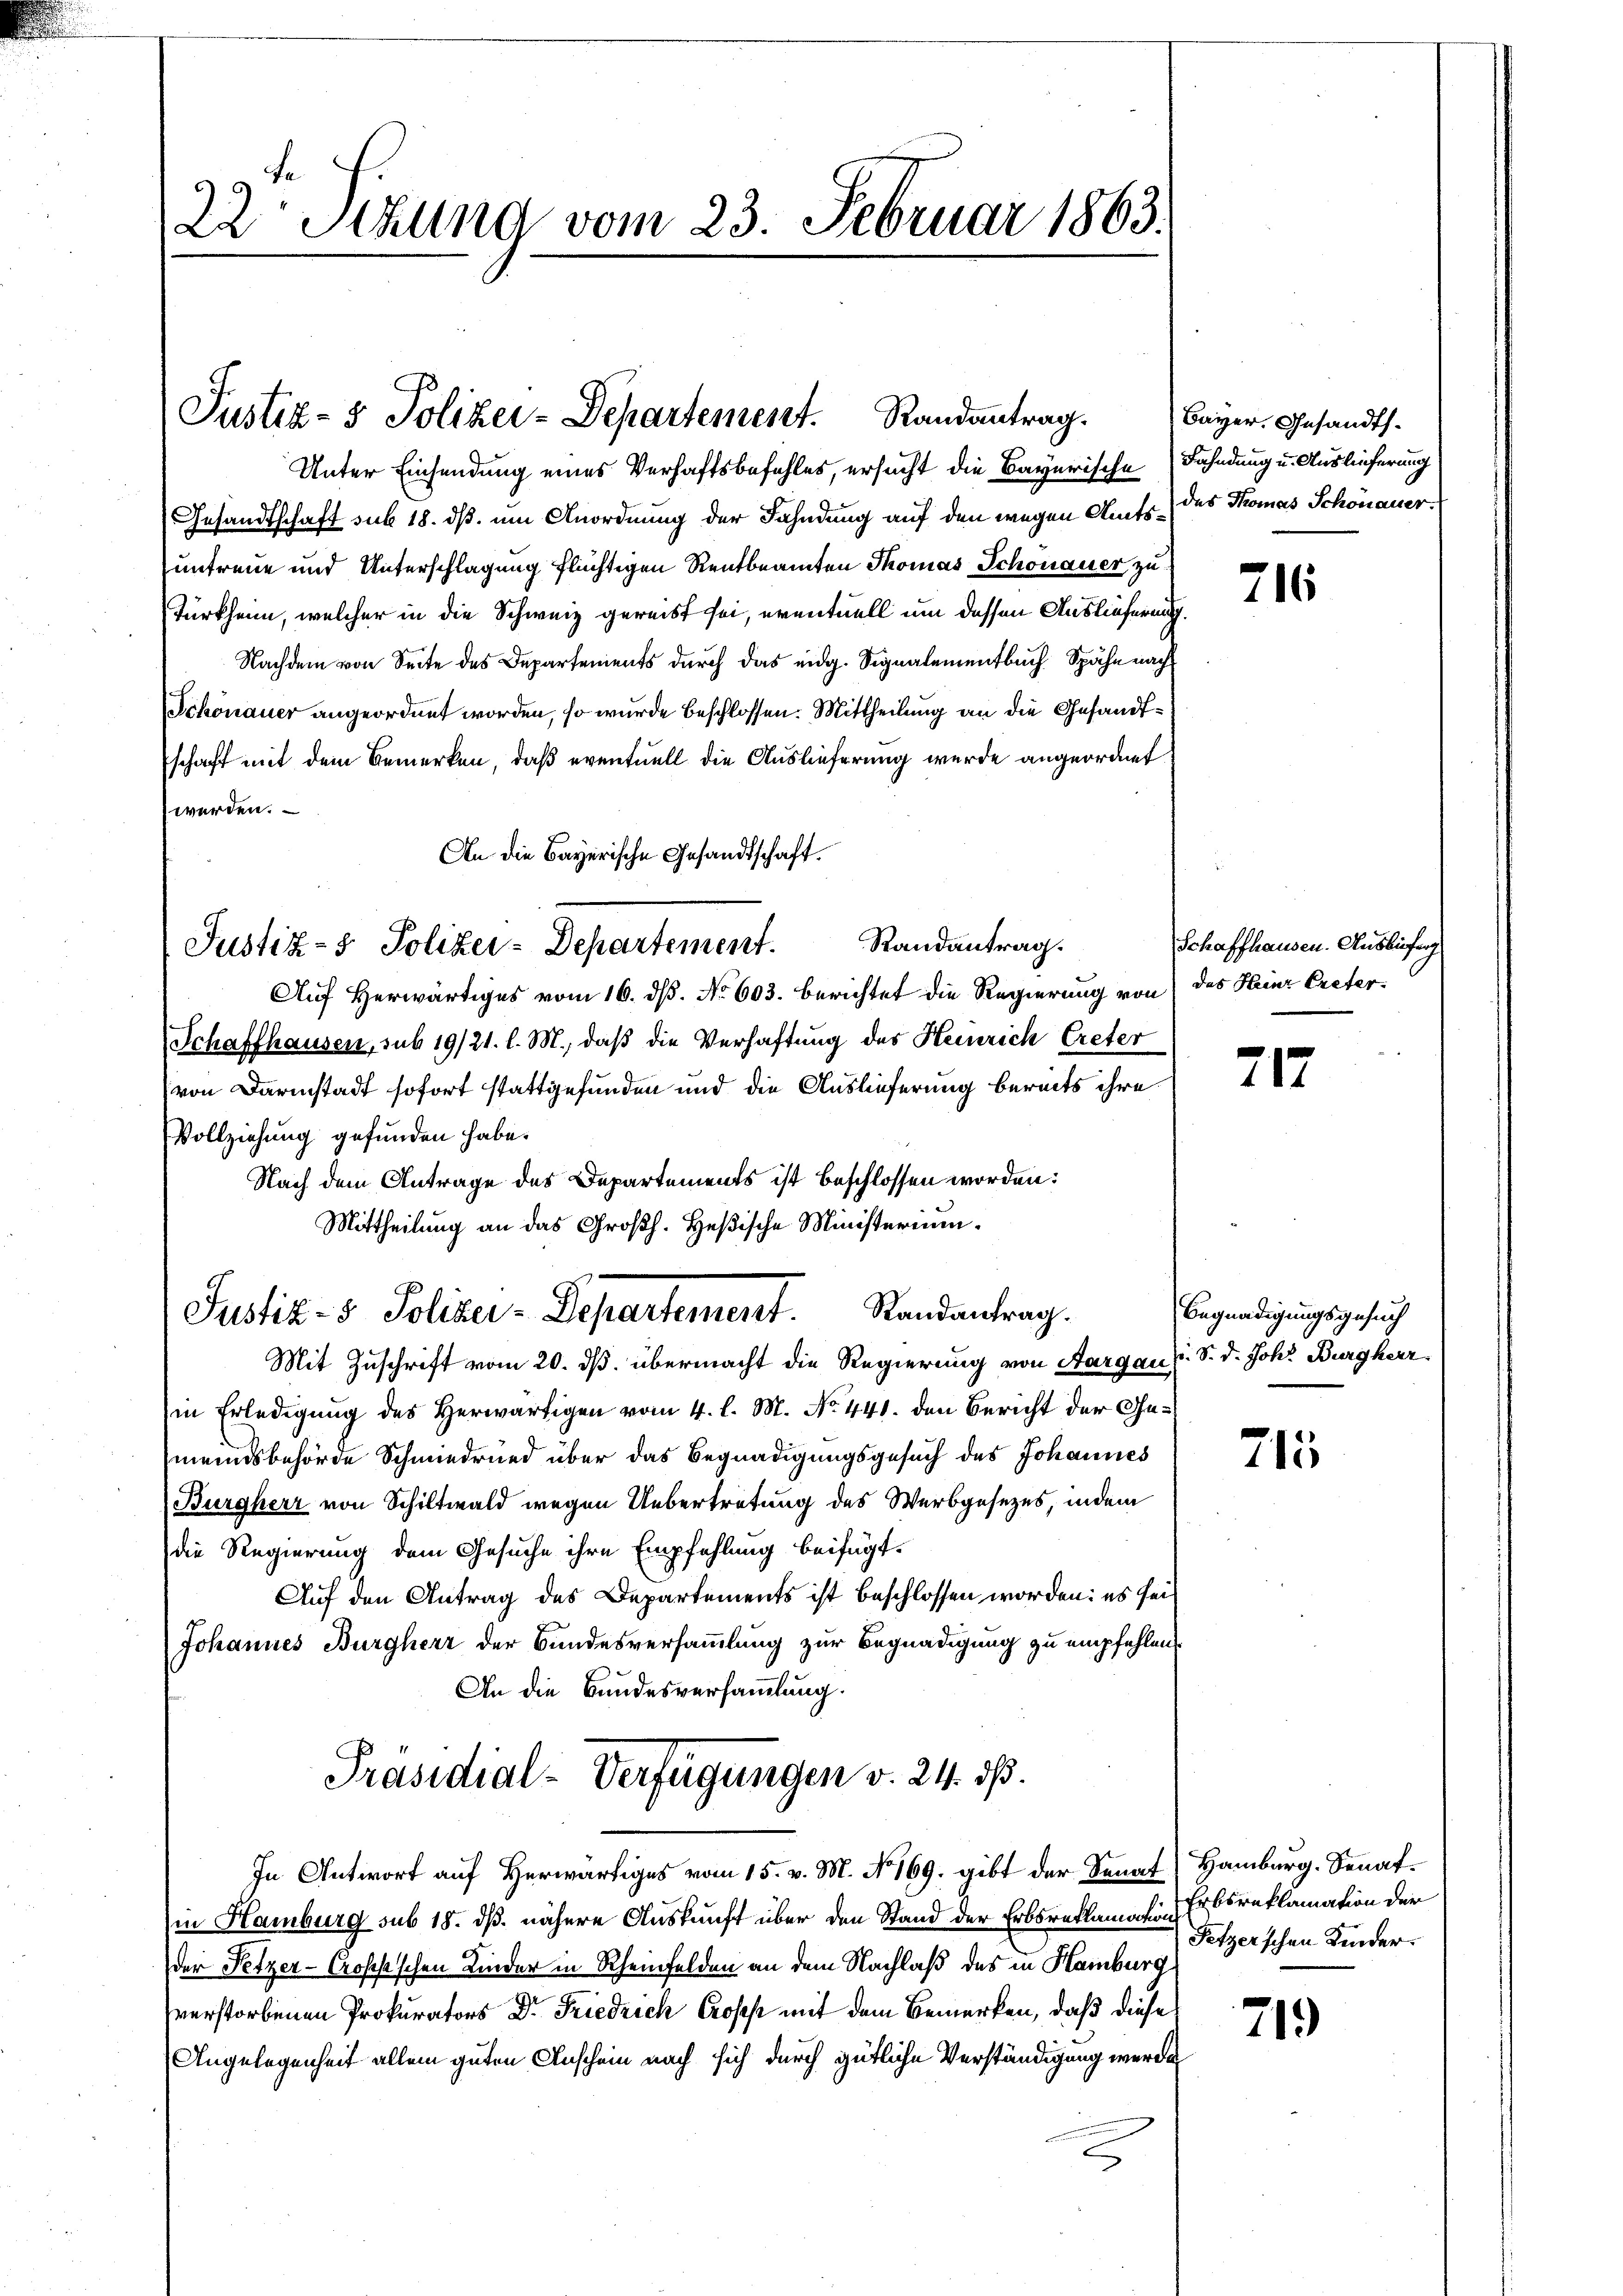
22 Stund vom 23. Februar 1863.

Justiz- & Polizei-Departement. Randantrag.

Unter Einsendung eines Verhaftsbefehles, ersucht die Bayerische Fahndung u. Auslieferung
Gesandtschaft sub 18. dß. um Anordnung der Fahndung auf den wegen Amts des Thomas Schönauer.
untreue und Unterschlagung flüchtigen Rentbeamten Thomas Schonauer zu
Türkheim, welcher in die Schweiz gereist sei, eventuell um dessen Auslieferung.
Nachdem von Seite des Departements durch das eidg. Signalementbuch. Spähe nach
Schönauer angeordnet worden, so wurde beschlossen: Mittheilung an die Gesandtschaft mit dem Bemerken, daß eventuell die Auslieferung wurde angeordnet
werden.
An die Bayerische Gesandtschaft.
Randantrag.
Justiz- & Poliker-Departement.
Auf Herwärtiges vom 16. ds. No 603. berichtet die Regierung von des Heinr Creter¬
Schaffhausen, sub 19/21. l. M., daß die Verhaftung des Heinrich Creter
von Darmstadt sofort stattgefunden und die Auslieferung bereits ihre
Vollziehung gefunden habe.
Nach dem Antrage des Departements ist beschlossen worden:
Mittheilung an das Großh. Heßische Ministerium

Justiz- & Poliker-Departement. Randantrag.

Bayer, Gesandts¬

Mit Zuschrift vom 20. ds. übermacht die Regierung von Aargau u. S. d. Joh. Burgherr
in Erledigung des Herwärtigen vom 4. l. M. No. 441. den Bericht der Gemeindsbehörde Schmiedrned über das Begnadigungsgesuch des Johannes
(Burgherr von Schiltwald wegen Uebertretung des Werbgesezes, indem
die Regierung dem Gesuche ihre Empfehlung beifügt.
Auf den Antrag des Departements ist beschlossen worden: es sei¬
Johannes Burgherr der Bundesversammlung zur Begnadigung zu empfehlen.
An die Bundesversammlung.
Präsidial-Verfügungen v. 24. dß.
In Antwort auf Herwärtiges vom 15. v. M. No. 169. gibt der Senat Hamburg. Senat¬
(in Hamburg sub 18. dß. nähere Auskunft über den Stand der Erbsreklamation
der Petzer-Grossschen Kinder in Rheinfelden an dem Nachlaß des in Hamburg
verstorbenen Prokurators Dr. Friedrich Profes mit dem Bemerken, daß diese
Angelegenheit allein guten Anschein nach sich durch gütliche Verständigung werde

716

Schaffhausen. Ausbifung

717

Begnadigungsgesuch

715

Erbsreklamation der
Fetzerschen Kinder.

719